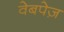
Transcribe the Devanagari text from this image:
वेबपेज़